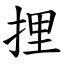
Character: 捚